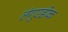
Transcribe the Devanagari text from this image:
लंगुएडोक